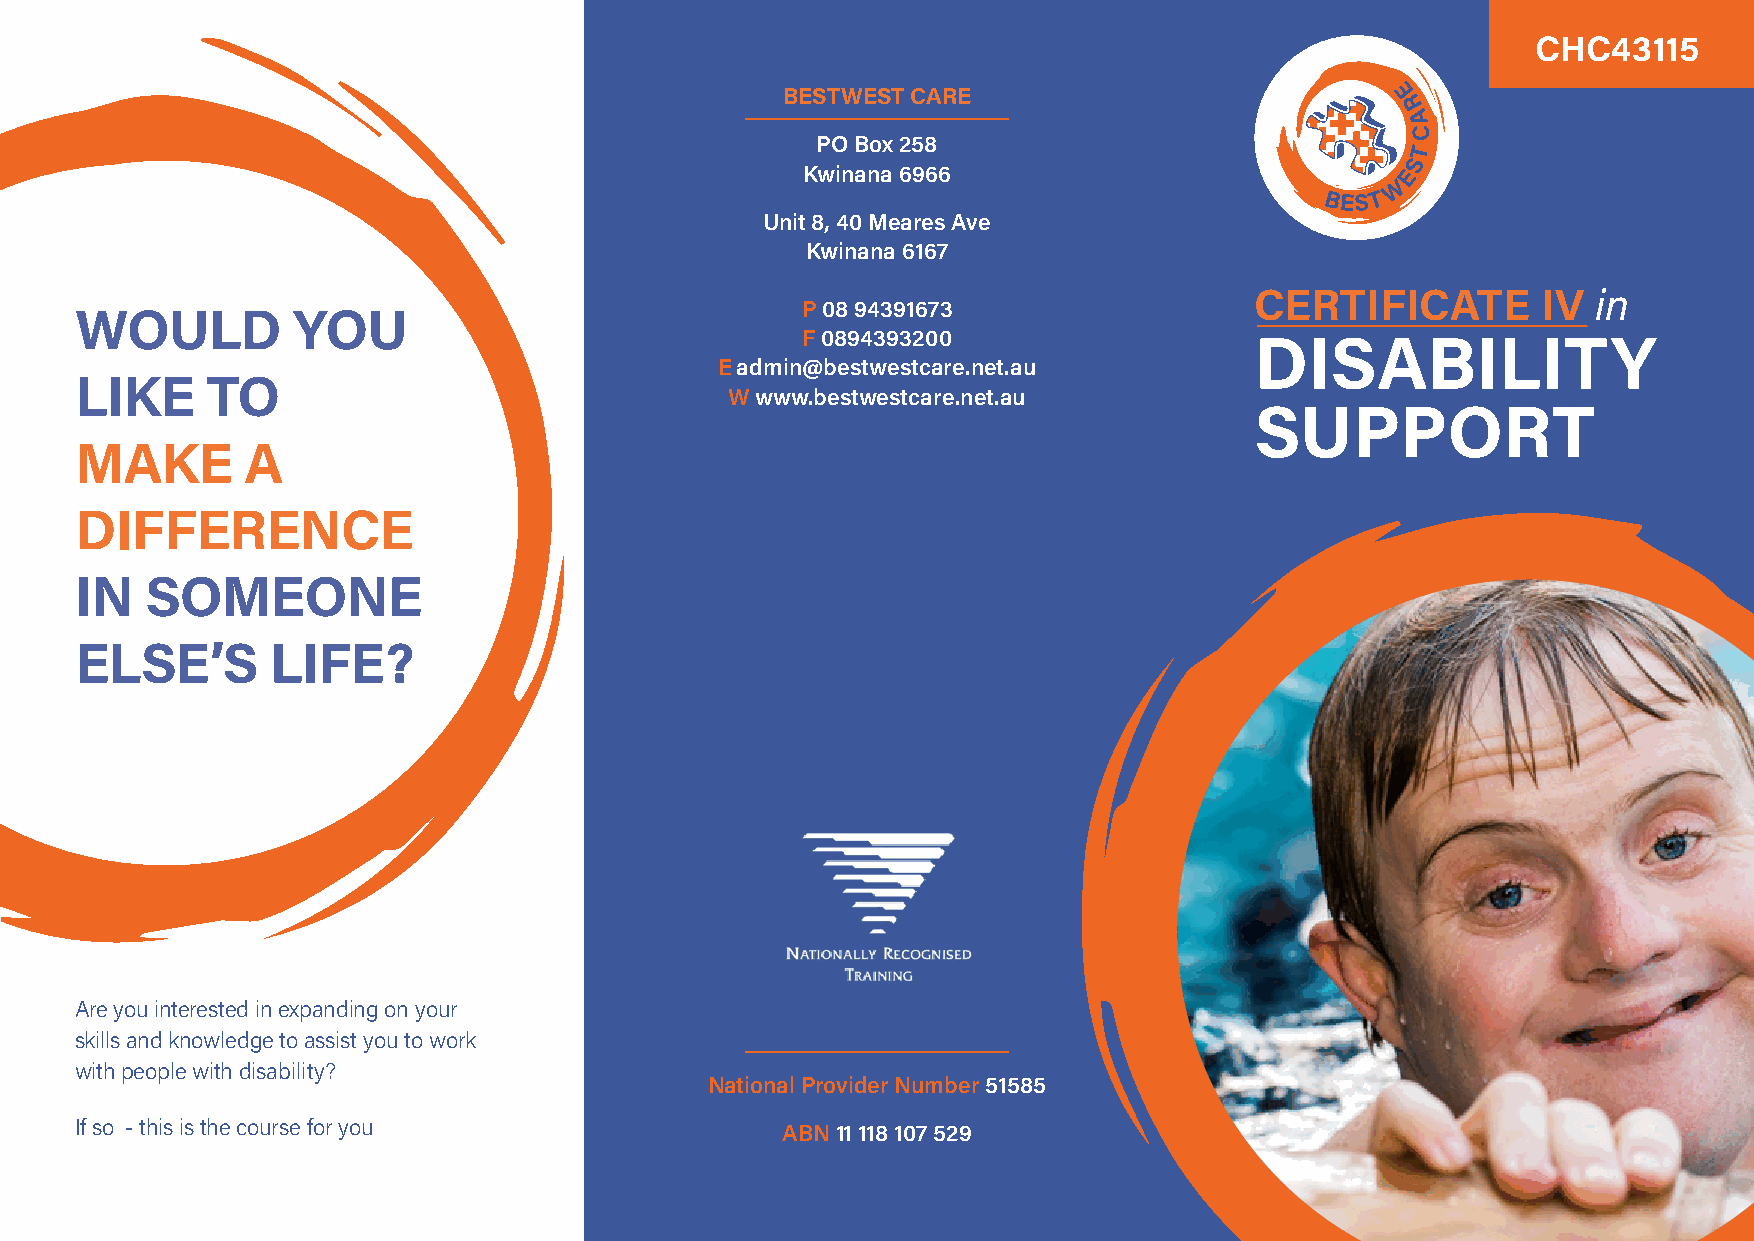
CHC43115
 BESTWEST CARE
 PO Box 258
 Kwinana 6966
 Unit 8, 40 Meares Ave
 Kwinana 6167
 CERTIFICATE        IV  in
 P 08 94391673
 WOULD         YOU
 F 0894393200                  DISABILITY
 E admin@bestwestcare.net.au
 LIKE     TO
 W www.bestwestcare.net.au
 SUPPORT
 MAKE       A
 DIFFERENCE
 IN   SOMEONE
 ELSE’S       LIFE?
 Are you interested in expanding on your
 skills and knowledge to assist you to work
 with people with disability?
 National Provider Number 51585
 If so - this is the course for you             ABN 11 118 107 529